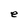
Character: e